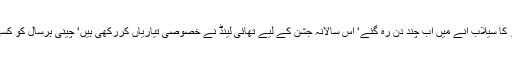
نئے چینی سال کے آغاز پر چین مشرقِ بعید کے کئی ممالک میں رنگ و نور کا سیلاب آنے میں اب چند دن رہ گئے‘ اس سالانہ جشن کے لیے تھائی لینڈ نے خصوصی تیاریاں کررکھی ہیں‘ چینی ہرسال کو کسی جانور سے منسوب کرتے ہیں‘ اس سال کو ’کتے کا سال ‘ قرار دیا گیا ہے۔